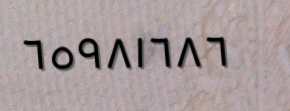
٦٥٩٨١٦٨٦